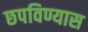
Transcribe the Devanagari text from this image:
छपविण्यास